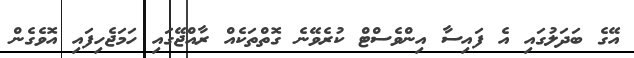
އޭގެ ބަދަލުގައި އެ ފައިސާ އިންވެސްޓް ކުރެވޭނެ ގޮތްތަކެއް ރާއްޖޭގައި ހަމަޖެހިފައި އޮވެގެން